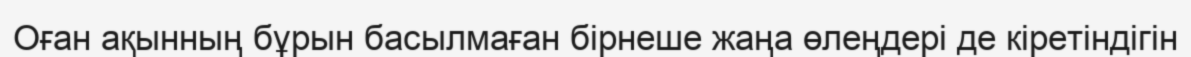
Оған ақынның бұрын басылмаған бірнеше жаңа өлеңдері де кіретіндігін